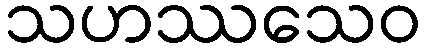
သဟဿသေဝ